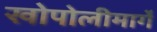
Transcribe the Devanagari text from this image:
खोपोलीमार्गे